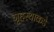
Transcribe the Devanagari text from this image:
गृहस्थाकडे